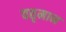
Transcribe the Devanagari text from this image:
वतृमान